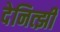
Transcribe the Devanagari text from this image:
देनित्झी